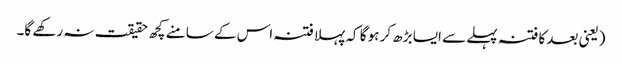
(یعنی بعد کا فتنہ پہلے سے ایسا بڑھ کر ہو گا کہ پہلا فتنہ اس کے سامنے کچھ حقیقت نہ رکھے گا۔